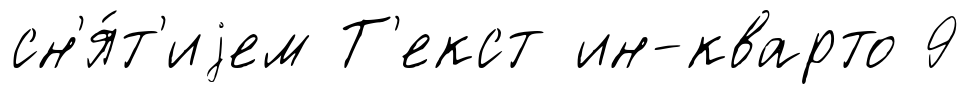
сн'я́т'иjем Т'екст ин-кварто 9